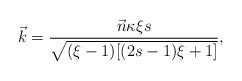
\begin{align*}\vec{k}=\frac{\vec{n}\kappa\xi s}{\sqrt{(\xi-1)[(2s-1)\xi+1]}},\end{align*}